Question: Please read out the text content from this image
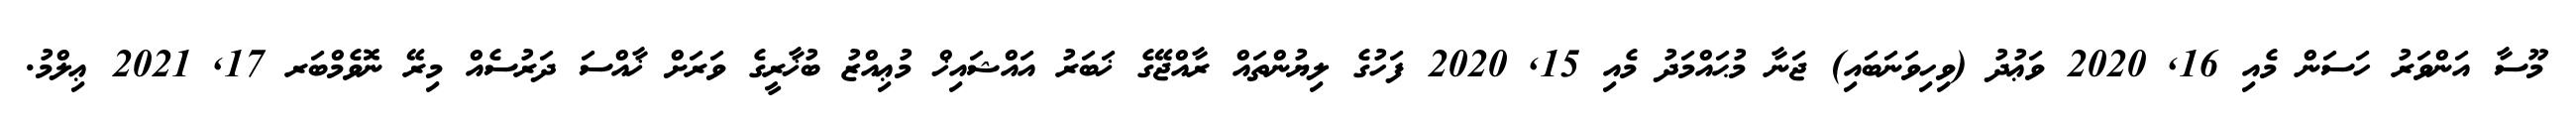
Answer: މޫސާ އަންވަރު ހަސަން މެއި 16, 2020 ވަޢުދު (ވިހިވަނަބައި) ޖަނާ މުޙައްމަދު މެއި 15, 2020 ފަހުގެ ލިޔުންތައް ރާއްޖޭގެ ޚަބަރު އައްޝައިޚް މުޢިއްޒު ބުޚާރީގެ ވަރަށް ޚާއްސަ ދަރުސެއް މިރޭ ނޮވެމްބަރ 17, 2021 ޢިލްމު.